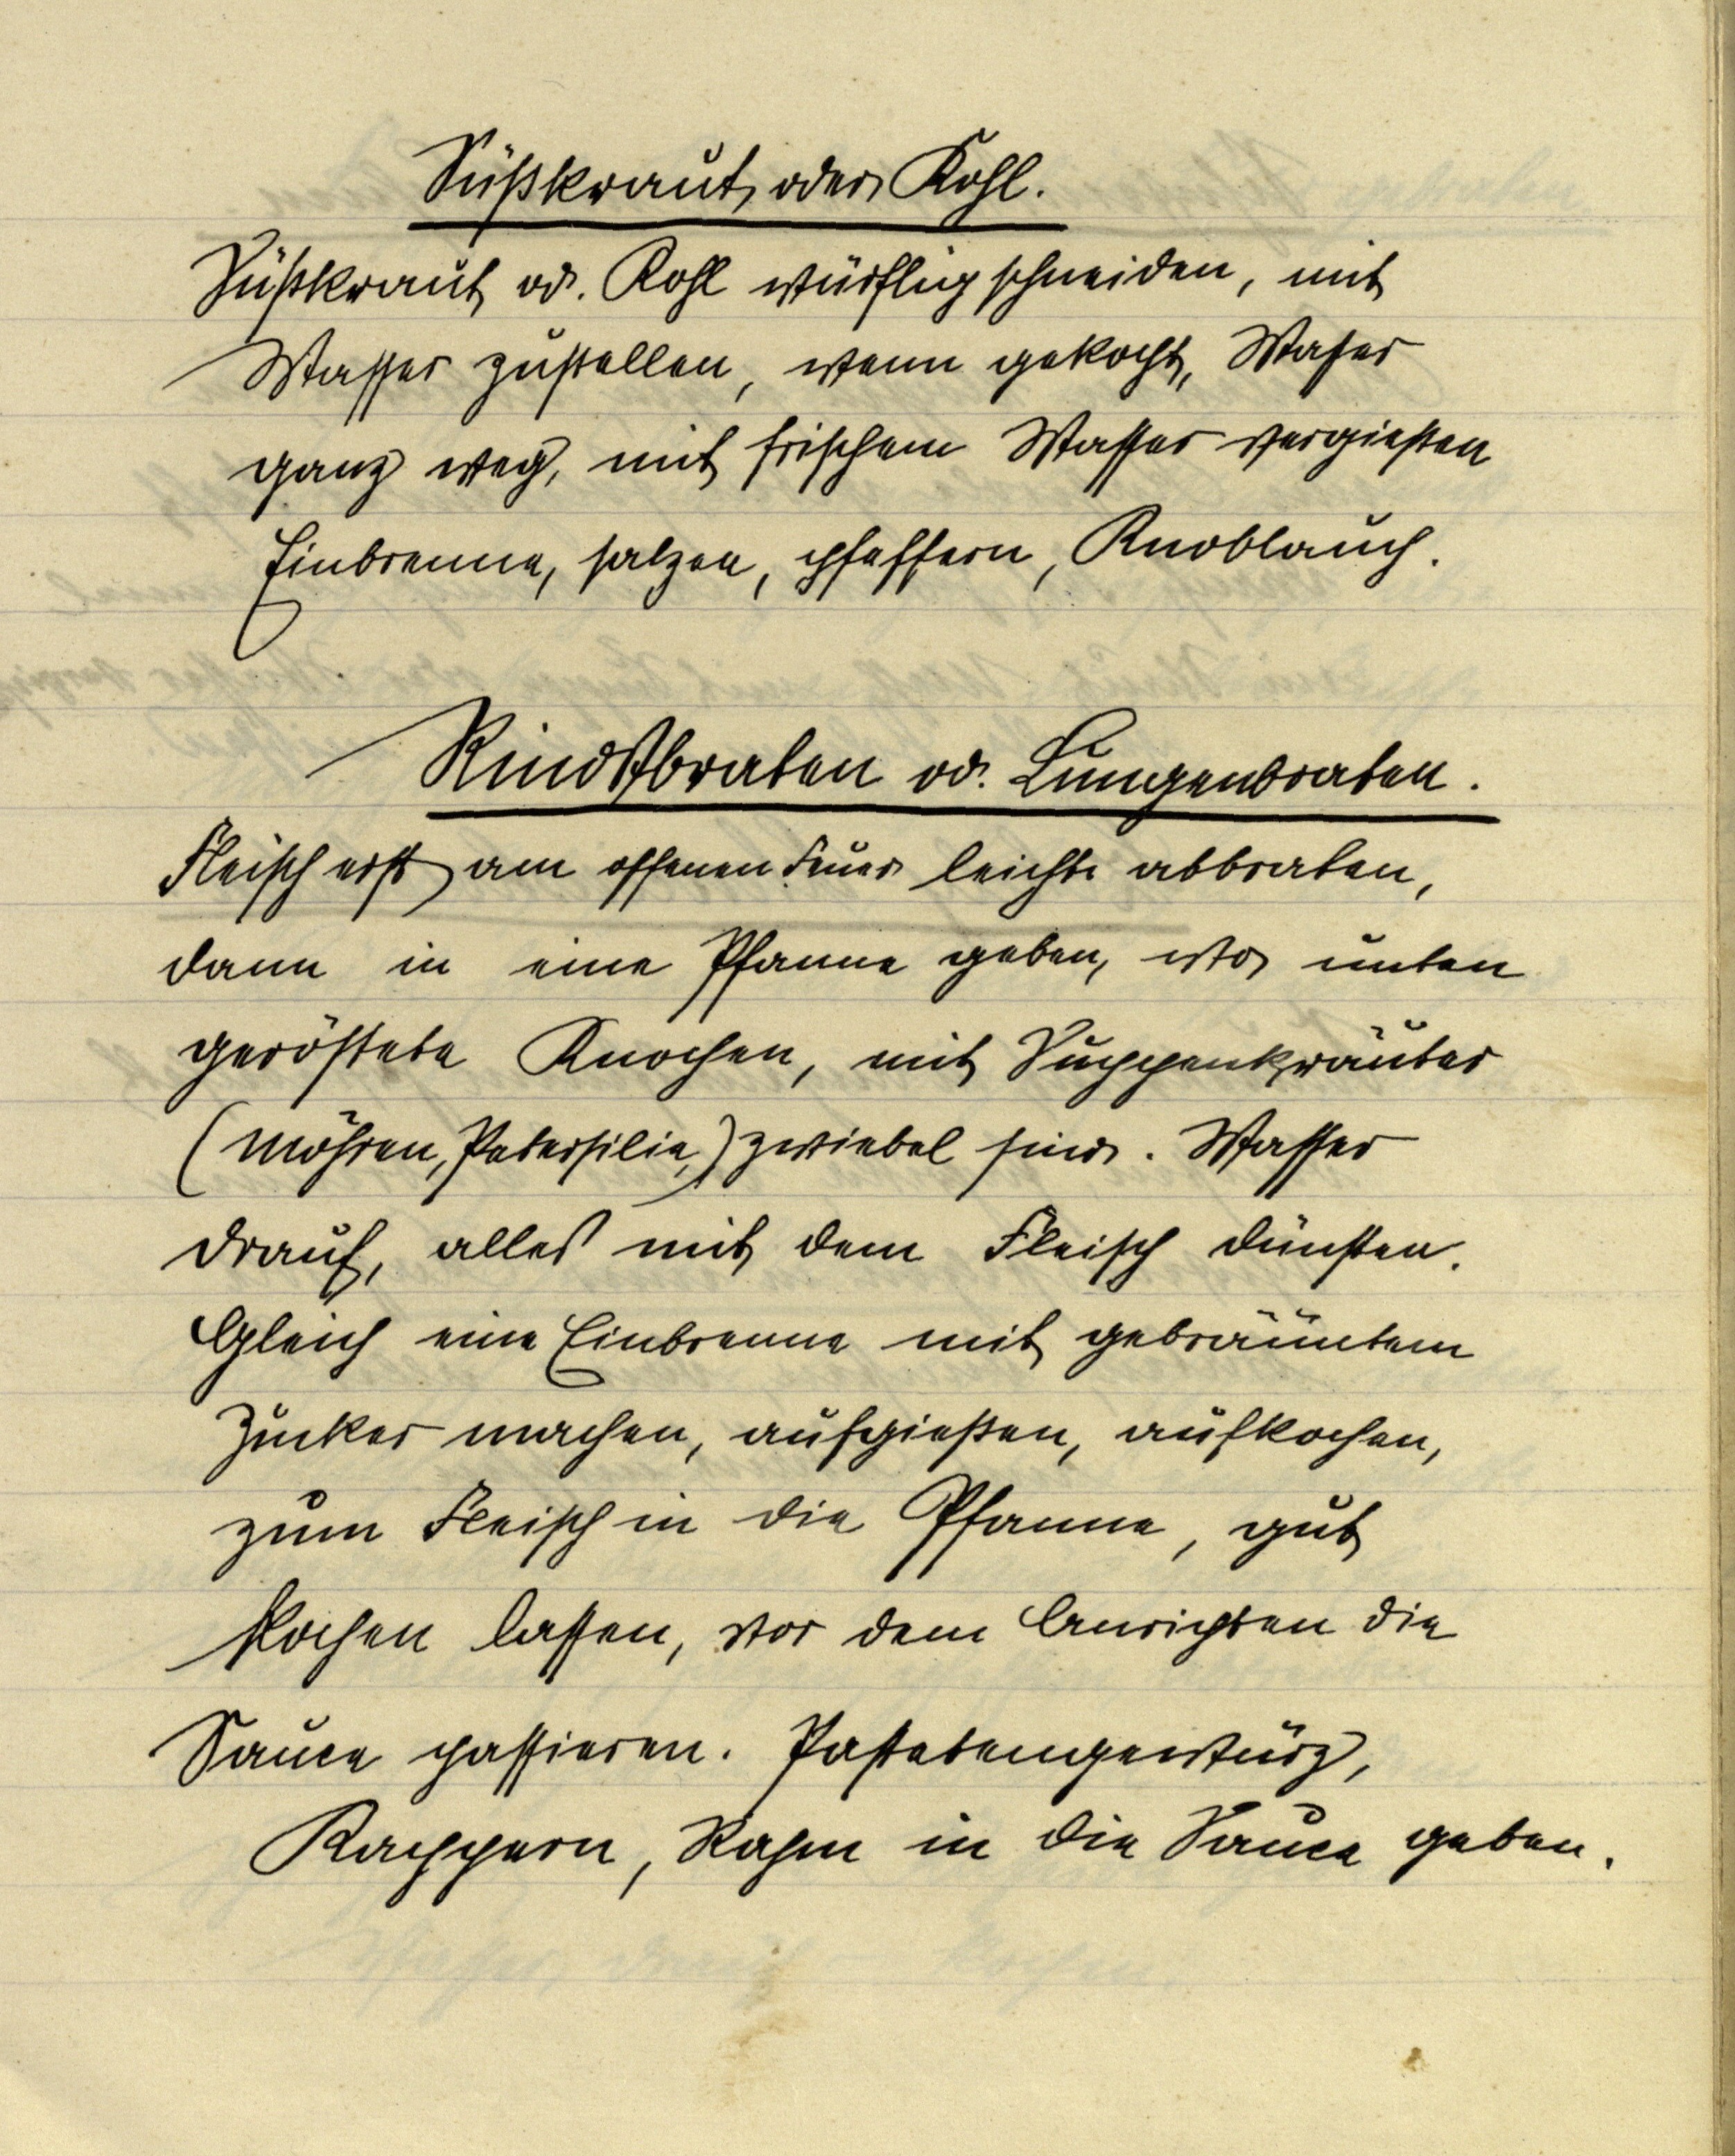
Süßkraut oder Kohl.
Süßkraut od. Kohl würflig schneiden, mit
Wasser zustellen, wenn gekocht, Wasser
ganz weg, mit frischem Wasser vergießen
Einbrenne, salzen, pfeffern, Knoblauch.

Rindßbraten od. Lungenbraten.
Fleisch erst am offenen Feuer leicht abbraten,
dann in eine Pfanne geben, wo unten
geröstete Knochen, mit Suppenkräuter
(Möhren, Petersilie,) Zwiebel sind. Wasser
drauf, alles mit dem Fleisch dünsten.
Gleich eine Einbrenne mit gebräuntem
Zucker machen, aufgießen, aufkochen,
zum Fleisch in die Pfanne, gut
kochen lassen, vor dem Anrichten die
Sauce passieren. Pastetengewürz,
Kappern, Rahm in die Sauce geben.